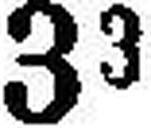
33